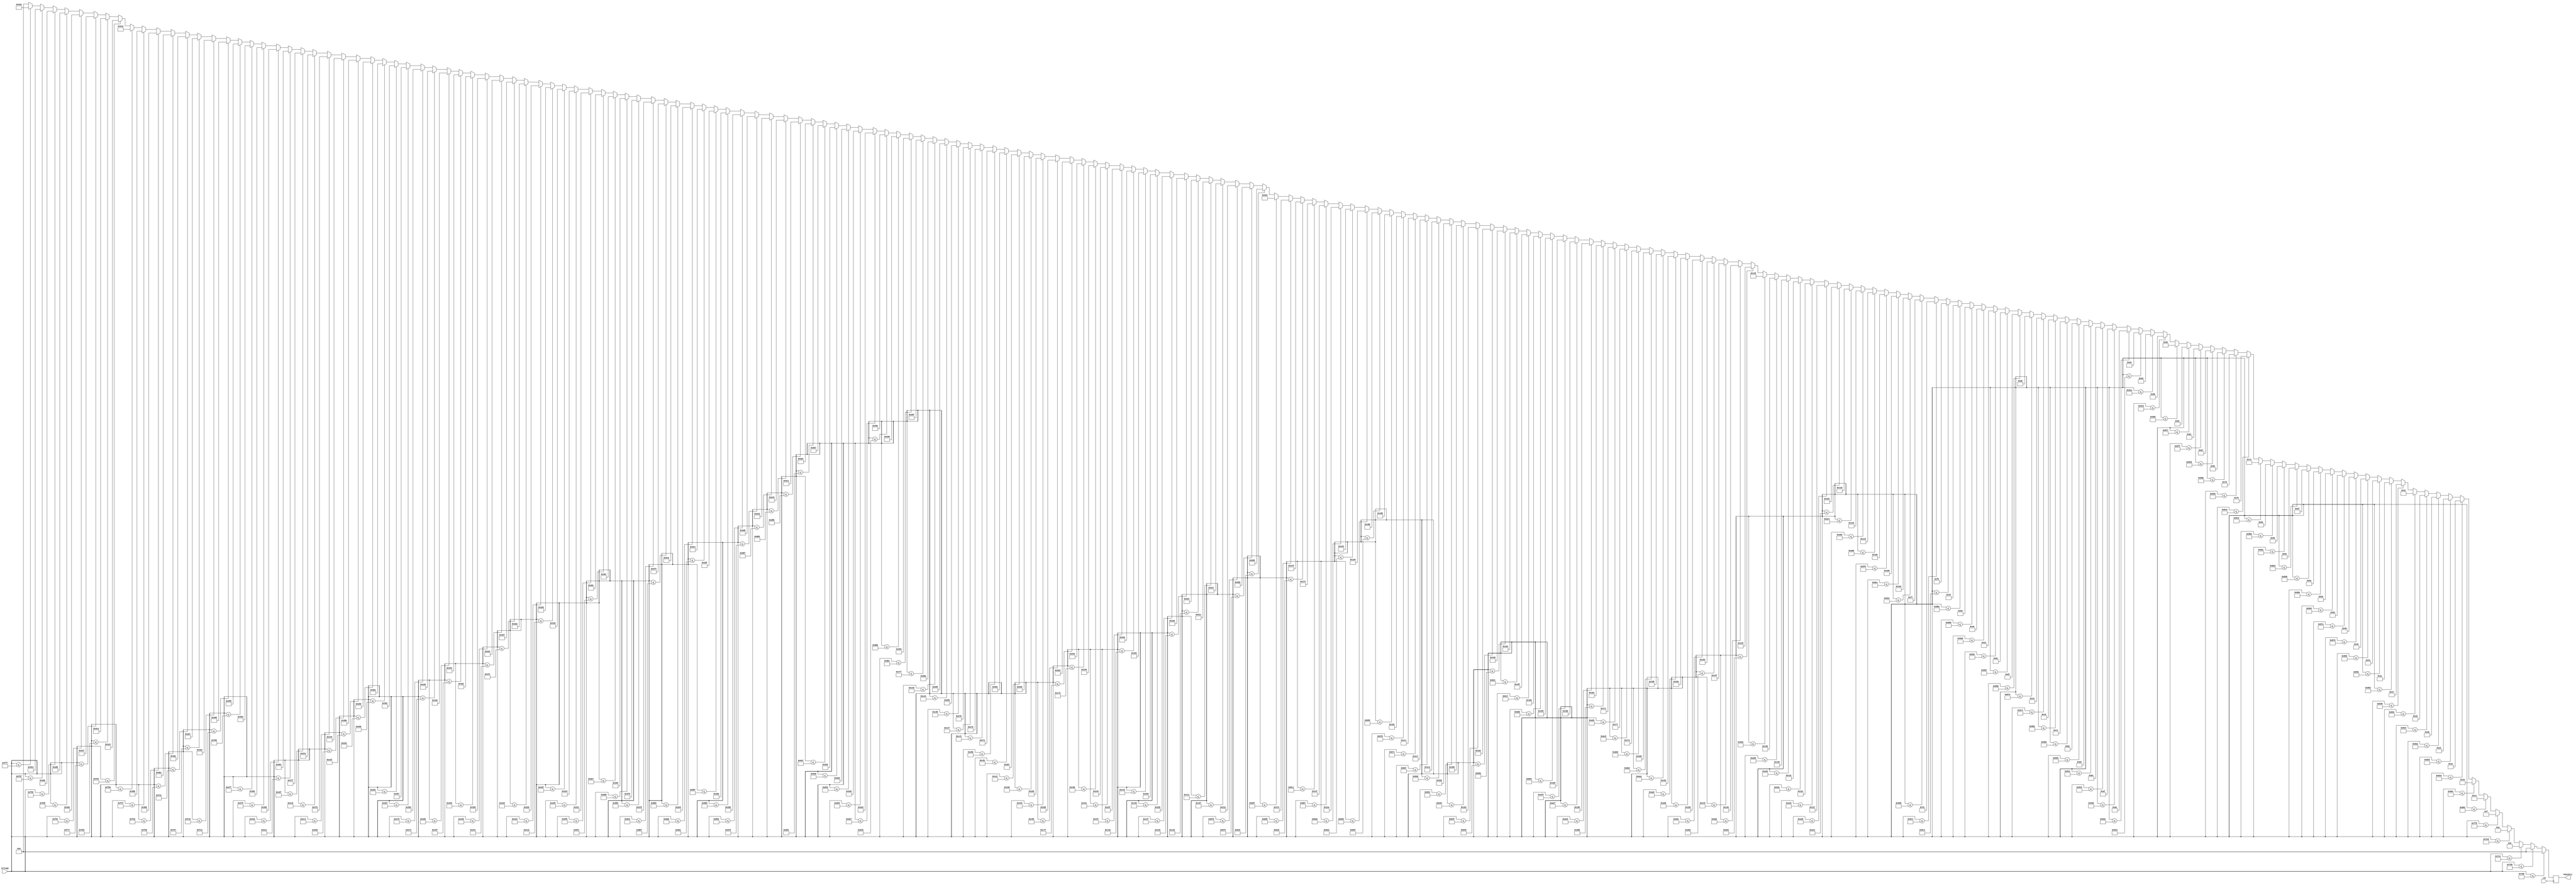
module voltage_to_humidity(input wire clk,
                           input wire [11:0] voltage,
                           output reg [9:0]  humidity);

always @(posedge clk)
    if      (voltage <= 12'h7d0)    humidity <= 10'd0;
    else if (voltage <= 12'h7D9)	humidity <=	10'd0;
    else if (voltage <= 12'h7E4)	humidity <=	10'd5;
    else if (voltage <= 12'h7ED)	humidity <=	10'd10;
    else if (voltage <= 12'h7F8)	humidity <=	10'd15;
    else if (voltage <= 12'h802)	humidity <=	10'd20;
    else if (voltage <= 12'h80C)	humidity <=	10'd25;
    else if (voltage <= 12'h816)	humidity <=	10'd30;
    else if (voltage <= 12'h820)	humidity <=	10'd35;
    else if (voltage <= 12'h82A)	humidity <=	10'd40;
    else if (voltage <= 12'h834)	humidity <=	10'd45;
    else if (voltage <= 12'h83E)	humidity <=	10'd50;
    else if (voltage <= 12'h848)	humidity <=	10'd55;
    else if (voltage <= 12'h852)	humidity <=	10'd60;
    else if (voltage <= 12'h85C)	humidity <=	10'd65;
    else if (voltage <= 12'h866)	humidity <=	10'd70;
    else if (voltage <= 12'h870)	humidity <=	10'd75;
    else if (voltage <= 12'h87A)	humidity <=	10'd80;
    else if (voltage <= 12'h884)	humidity <=	10'd85;
    else if (voltage <= 12'h88E)	humidity <=	10'd90;
    else if (voltage <= 12'h898)	humidity <=	10'd95;
    else if (voltage <= 12'h8A2)	humidity <=	10'd100;
    else if (voltage <= 12'h8AC)	humidity <=	10'd105;
    else if (voltage <= 12'h8B6)	humidity <=	10'd110;
    else if (voltage <= 12'h8C0)	humidity <=	10'd115;
    else if (voltage <= 12'h8CA)	humidity <=	10'd120;
    else if (voltage <= 12'h8D4)	humidity <=	10'd125;
    else if (voltage <= 12'h8DE)	humidity <=	10'd130;
    else if (voltage <= 12'h8E8)	humidity <=	10'd135;
    else if (voltage <= 12'h8F2)	humidity <=	10'd140;
    else if (voltage <= 12'h8FC)	humidity <=	10'd145;
    else if (voltage <= 12'h906)	humidity <=	10'd150;
    else if (voltage <= 12'h910)	humidity <=	10'd155;
    else if (voltage <= 12'h91A)	humidity <=	10'd160;
    else if (voltage <= 12'h924)	humidity <=	10'd165;
    else if (voltage <= 12'h92E)	humidity <=	10'd170;
    else if (voltage <= 12'h938)	humidity <=	10'd175;
    else if (voltage <= 12'h942)	humidity <=	10'd180;
    else if (voltage <= 12'h94C)	humidity <=	10'd185;
    else if (voltage <= 12'h956)	humidity <=	10'd190;
    else if (voltage <= 12'h960)	humidity <=	10'd195;
    else if (voltage <= 12'h96A)	humidity <=	10'd200;
    else if (voltage <= 12'h974)	humidity <=	10'd205;
    else if (voltage <= 12'h97E)	humidity <=	10'd210;
    else if (voltage <= 12'h988)	humidity <=	10'd215;
    else if (voltage <= 12'h992)	humidity <=	10'd220;
    else if (voltage <= 12'h99C)	humidity <=	10'd225;
    else if (voltage <= 12'h9A6)	humidity <=	10'd230;
    else if (voltage <= 12'h9B0)	humidity <=	10'd235;
    else if (voltage <= 12'h9BA)	humidity <=	10'd240;
    else if (voltage <= 12'h9C4)	humidity <=	10'd245;
    else if (voltage <= 12'h9CE)	humidity <=	10'd250;
    else if (voltage <= 12'h9D8)	humidity <=	10'd255;
    else if (voltage <= 12'h9E2)	humidity <=	10'd260;
    else if (voltage <= 12'h9EC)	humidity <=	10'd265;
    else if (voltage <= 12'h9F6)	humidity <=	10'd270;
    else if (voltage <= 12'hA00)	humidity <=	10'd275;
    else if (voltage <= 12'hA0A)	humidity <=	10'd280;
    else if (voltage <= 12'hA14)	humidity <=	10'd285;
    else if (voltage <= 12'hA1E)	humidity <=	10'd290;
    else if (voltage <= 12'hA28)	humidity <=	10'd295;
    else if (voltage <= 12'hA32)	humidity <=	10'd300;
    else if (voltage <= 12'hA3C)	humidity <=	10'd305;
    else if (voltage <= 12'hA46)	humidity <=	10'd310;
    else if (voltage <= 12'hA50)	humidity <=	10'd315;
    else if (voltage <= 12'hA5A)	humidity <=	10'd320;
    else if (voltage <= 12'hA64)	humidity <=	10'd325;
    else if (voltage <= 12'hA6E)	humidity <=	10'd330;
    else if (voltage <= 12'hA78)	humidity <=	10'd335;
    else if (voltage <= 12'hA82)	humidity <=	10'd340;
    else if (voltage <= 12'hA8C)	humidity <=	10'd345;
    else if (voltage <= 12'hA96)	humidity <=	10'd350;
    else if (voltage <= 12'hAA0)	humidity <=	10'd355;
    else if (voltage <= 12'hAAA)	humidity <=	10'd360;
    else if (voltage <= 12'hAB4)	humidity <=	10'd365;
    else if (voltage <= 12'hABD)	humidity <=	10'd370;
    else if (voltage <= 12'hAC8)	humidity <=	10'd375;
    else if (voltage <= 12'hAD1)	humidity <=	10'd380;
    else if (voltage <= 12'hADB)	humidity <=	10'd385;
    else if (voltage <= 12'hAE5)	humidity <=	10'd390;
    else if (voltage <= 12'hAEF)	humidity <=	10'd395;
    else if (voltage <= 12'hAF9)	humidity <=	10'd400;
    else if (voltage <= 12'hB03)	humidity <=	10'd405;
    else if (voltage <= 12'hB0D)	humidity <=	10'd410;
    else if (voltage <= 12'hB17)	humidity <=	10'd415;
    else if (voltage <= 12'hB21)	humidity <=	10'd420;
    else if (voltage <= 12'hB2B)	humidity <=	10'd425;
    else if (voltage <= 12'hB35)	humidity <=	10'd430;
    else if (voltage <= 12'hB3F)	humidity <=	10'd435;
    else if (voltage <= 12'hB49)	humidity <=	10'd440;
    else if (voltage <= 12'hB53)	humidity <=	10'd445;
    else if (voltage <= 12'hB5D)	humidity <=	10'd450;
    else if (voltage <= 12'hB67)	humidity <=	10'd455;
    else if (voltage <= 12'hB71)	humidity <=	10'd460;
    else if (voltage <= 12'hB7B)	humidity <=	10'd465;
    else if (voltage <= 12'hB85)	humidity <=	10'd470;
    else if (voltage <= 12'hB8F)	humidity <=	10'd475;
    else if (voltage <= 12'hB99)	humidity <=	10'd480;
    else if (voltage <= 12'hBA3)	humidity <=	10'd485;
    else if (voltage <= 12'hBAD)	humidity <=	10'd490;
    else if (voltage <= 12'hBB7)	humidity <=	10'd495;
    else if (voltage <= 12'hBC1)	humidity <=	10'd500;
    else if (voltage <= 12'hBCB)	humidity <=	10'd505;
    else if (voltage <= 12'hBD5)	humidity <=	10'd510;
    else if (voltage <= 12'hBDF)	humidity <=	10'd515;
    else if (voltage <= 12'hBE9)	humidity <=	10'd520;
    else if (voltage <= 12'hBF3)	humidity <=	10'd525;
    else if (voltage <= 12'hBFD)	humidity <=	10'd530;
    else if (voltage <= 12'hC07)	humidity <=	10'd535;
    else if (voltage <= 12'hC11)	humidity <=	10'd540;
    else if (voltage <= 12'hC1B)	humidity <=	10'd545;
    else if (voltage <= 12'hC25)	humidity <=	10'd550;
    else if (voltage <= 12'hC2F)	humidity <=	10'd555;
    else if (voltage <= 12'hC39)	humidity <=	10'd560;
    else if (voltage <= 12'hC43)	humidity <=	10'd565;
    else if (voltage <= 12'hC4D)	humidity <=	10'd570;
    else if (voltage <= 12'hC57)	humidity <=	10'd575;
    else if (voltage <= 12'hC61)	humidity <=	10'd580;
    else if (voltage <= 12'hC6B)	humidity <=	10'd585;
    else if (voltage <= 12'hC75)	humidity <=	10'd590;
    else if (voltage <= 12'hC7F)	humidity <=	10'd595;
    else if (voltage <= 12'hC89)	humidity <=	10'd600;
    else if (voltage <= 12'hC93)	humidity <=	10'd605;
    else if (voltage <= 12'hC9D)	humidity <=	10'd610;
    else if (voltage <= 12'hCA7)	humidity <=	10'd615;
    else if (voltage <= 12'hCB1)	humidity <=	10'd620;
    else if (voltage <= 12'hCBB)	humidity <=	10'd625;
    else if (voltage <= 12'hCC5)	humidity <=	10'd630;
    else if (voltage <= 12'hCCF)	humidity <=	10'd635;
    else if (voltage <= 12'hCD9)	humidity <=	10'd640;
    else if (voltage <= 12'hCE3)	humidity <=	10'd645;
    else if (voltage <= 12'hCED)	humidity <=	10'd650;
    else if (voltage <= 12'hCF7)	humidity <=	10'd655;
    else if (voltage <= 12'hD01)	humidity <=	10'd660;
    else if (voltage <= 12'hD0B)	humidity <=	10'd665;
    else if (voltage <= 12'hD15)	humidity <=	10'd670;
    else if (voltage <= 12'hD1F)	humidity <=	10'd675;
    else if (voltage <= 12'hD29)	humidity <=	10'd680;
    else if (voltage <= 12'hD33)	humidity <=	10'd685;
    else if (voltage <= 12'hD3D)	humidity <=	10'd690;
    else if (voltage <= 12'hD47)	humidity <=	10'd695;
    else if (voltage <= 12'hD51)	humidity <=	10'd700;
    else if (voltage <= 12'hD5B)	humidity <=	10'd705;
    else if (voltage <= 12'hD65)	humidity <=	10'd710;
    else if (voltage <= 12'hD6F)	humidity <=	10'd715;
    else if (voltage <= 12'hD79)	humidity <=	10'd720;
    else if (voltage <= 12'hD83)	humidity <=	10'd725;
    else if (voltage <= 12'hD8D)	humidity <=	10'd730;
    else if (voltage <= 12'hD97)	humidity <=	10'd735;
    else if (voltage <= 12'hDA1)	humidity <=	10'd740;
    else if (voltage <= 12'hDAB)	humidity <=	10'd745;
    else if (voltage <= 12'hDB5)	humidity <=	10'd750;
    else if (voltage <= 12'hDBF)	humidity <=	10'd755;
    else if (voltage <= 12'hDC9)	humidity <=	10'd760;
    else if (voltage <= 12'hDD3)	humidity <=	10'd765;
    else if (voltage <= 12'hDDD)	humidity <=	10'd770;
    else if (voltage <= 12'hDE7)	humidity <=	10'd775;
    else if (voltage <= 12'hDF1)	humidity <=	10'd780;
    else if (voltage <= 12'hDFB)	humidity <=	10'd785;
    else if (voltage <= 12'hE05)	humidity <=	10'd790;
    else if (voltage <= 12'hE0F)	humidity <=	10'd795;
    else if (voltage <= 12'hE19)	humidity <=	10'd800;
    else if (voltage <= 12'hE23)	humidity <=	10'd805;
    else if (voltage <= 12'hE2D)	humidity <=	10'd810;
    else if (voltage <= 12'hE37)	humidity <=	10'd815;
    else if (voltage <= 12'hE41)	humidity <=	10'd820;
    else if (voltage <= 12'hE4B)	humidity <=	10'd825;
    else if (voltage <= 12'hE55)	humidity <=	10'd830;
    else if (voltage <= 12'hE5F)	humidity <=	10'd835;
    else if (voltage <= 12'hE69)	humidity <=	10'd840;
    else if (voltage <= 12'hE73)	humidity <=	10'd845;
    else if (voltage <= 12'hE7D)	humidity <=	10'd850;
    else if (voltage <= 12'hE87)	humidity <=	10'd855;
    else if (voltage <= 12'hE91)	humidity <=	10'd860;
    else if (voltage <= 12'hE9B)	humidity <=	10'd865;
    else if (voltage <= 12'hEA5)	humidity <=	10'd870;
    else if (voltage <= 12'hEAF)	humidity <=	10'd875;
    else if (voltage <= 12'hEB9)	humidity <=	10'd880;
    else if (voltage <= 12'hEC3)	humidity <=	10'd885;
    else if (voltage <= 12'hECD)	humidity <=	10'd890;
    else if (voltage <= 12'hED7)	humidity <=	10'd895;
    else if (voltage <= 12'hEE1)	humidity <=	10'd900;
    else if (voltage <= 12'hEEB)	humidity <=	10'd905;
    else if (voltage <= 12'hEF5)	humidity <=	10'd910;
    else if (voltage <= 12'hEFF)	humidity <=	10'd915;
    else if (voltage <= 12'hF09)	humidity <=	10'd920;
    else if (voltage <= 12'hF13)	humidity <=	10'd925;
    else if (voltage <= 12'hF1D)	humidity <=	10'd930;
    else if (voltage <= 12'hF27)	humidity <=	10'd935;
    else if (voltage <= 12'hF31)	humidity <=	10'd940;
    else if (voltage <= 12'hF3B)	humidity <=	10'd945;
    else if (voltage <= 12'hF45)	humidity <=	10'd950;
    else if (voltage <= 12'hF4F)	humidity <=	10'd955;
    else if (voltage <= 12'hF59)	humidity <=	10'd960;
    else if (voltage <= 12'hF63)	humidity <=	10'd965;
    else if (voltage <= 12'hF6D)	humidity <=	10'd970;
    else if (voltage <= 12'hF77)	humidity <=	10'd975;
    else if (voltage <= 12'hF81)	humidity <=	10'd980;
    else if (voltage <= 12'hF8B)	humidity <=	10'd985;
    else if (voltage <= 12'hF95)	humidity <=	10'd990;
    else if (voltage <= 12'hF9F)	humidity <=	10'd995;
    else if (voltage <= 12'hFFF)	humidity <=	10'd1000;
    else                            humidity <= 10'd0;

endmodule